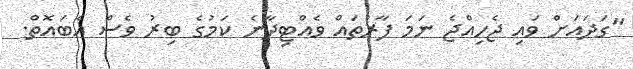
"ގަދައަށް ވައި ޖެހިއްޖެ ނަމަ ފާރުތައް ވެއްޓިދާނެ ކަމުގެ ބިރު ވެސް އެބައޮތް.